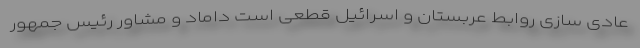
عادی سازی روابط عربستان و اسرائیل قطعی است داماد و مشاور رئیس جمهور